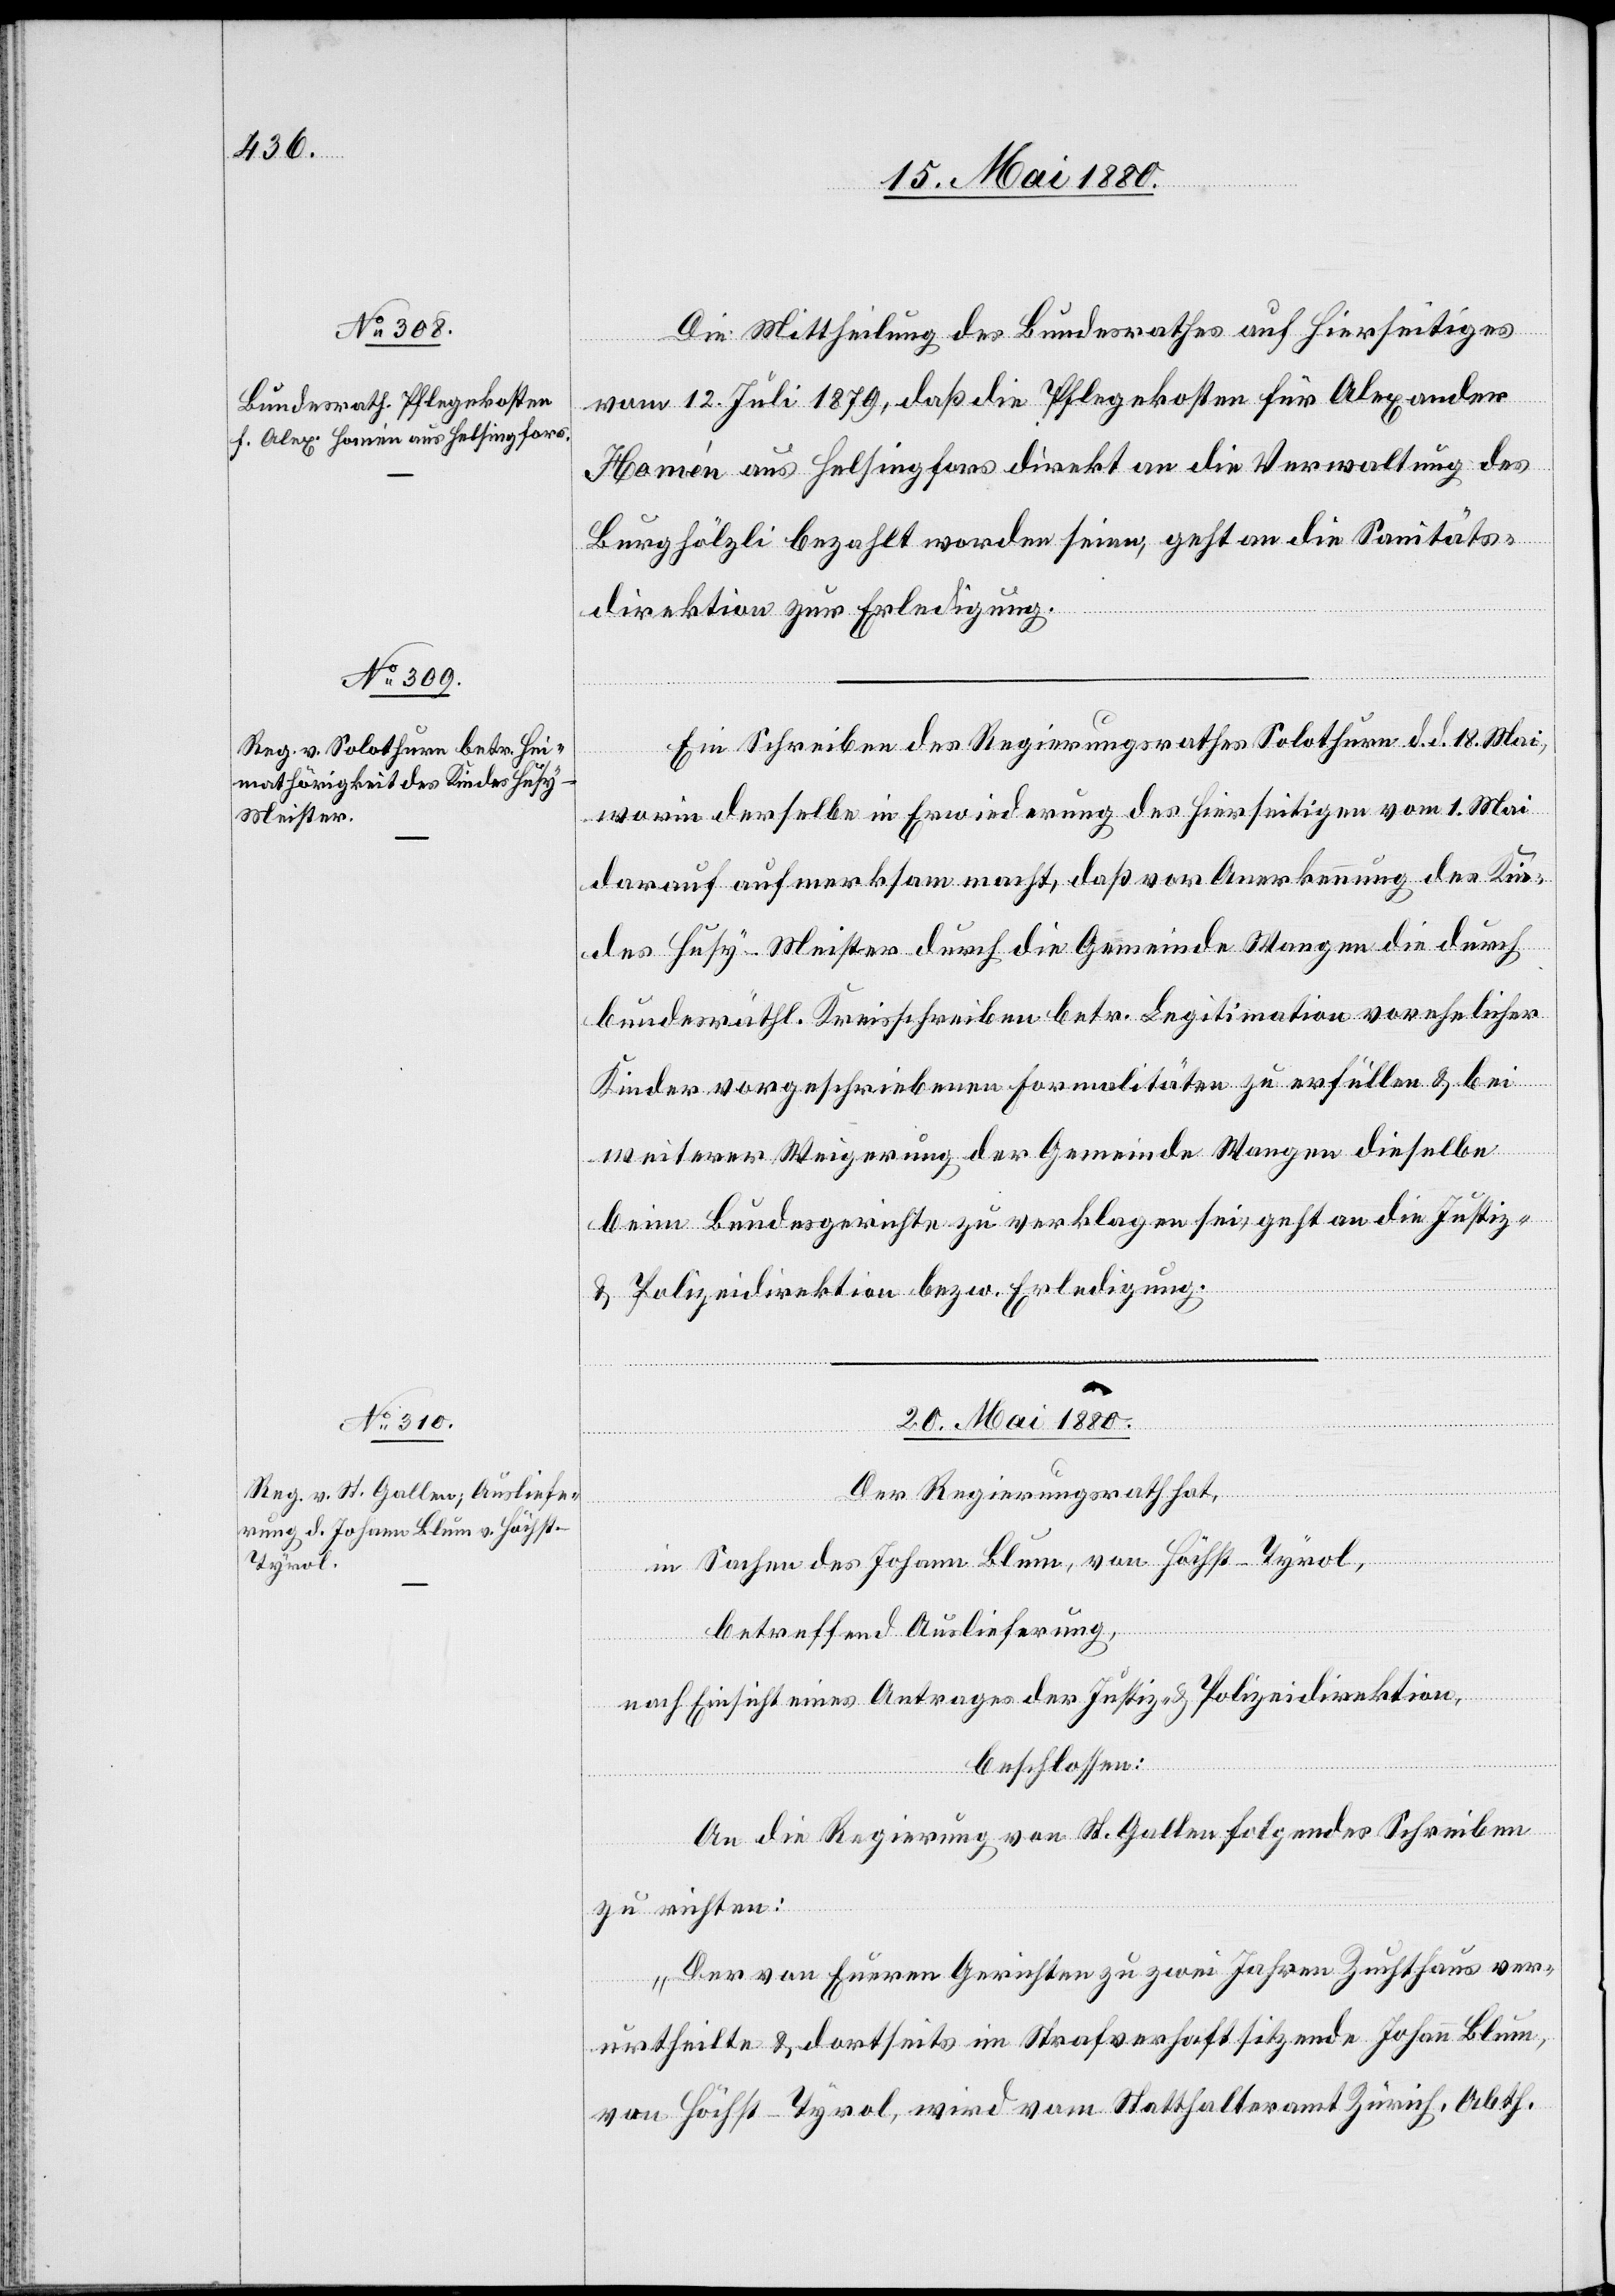
19. Mai 1880.]
Die Mittheilung des Bundesrathes auf Hierseitiges
vom 12. Juli 1879, daß die Pflegekosten für Alexander
[sic!] aus Helsingfors direkt an die Verwaltung des
Burghölzli bezahlt worden seien, geht an die Sanitäts¬
direktion zur Erledigung.
Ein Schreiben des Regierungsrathes Solothurn d. d. 18. Mai,
worin derselbe in Erwiederung des Hierseitigen vom 1. Mai
darauf aufmerksam macht, daß vor Anerkennung des Kin¬
des Husy-Meister durch die Gemeinde Wangen die durch
bundesräthl. Kreisschreiben betr. Legitimation vorehelicher
Kinder vorgeschriebenen Formalitäten zu erfüllen & bei
weiterer Weigerung der Gemeinde Wange dieselbe
beim Bundesgerichte zu verklagen sei, geht an die Justiz-
& Polizeidirektion bezw. Erledigung.
20. Mai 1880.
Der Regierungsrath hat,
in Sachen des Johann Blum, von Höchst - Tyrol,
betreffend Auslieferung,
nach Einsicht eines Antrages der Justiz- & Polizeidirektion,
beschlossen:
An die Regierung von St. Gallen folgendes Schreiben
zu richten:
„Der von Euern Gerichten zu zwei Jahren Zuchthaus ver¬
urtheilte & dortseits im Strafverhaft sitzende Johann Blum,
von Höchst - Tyrol, wird vom Statthalteramt Zürich, Abth.